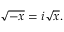
{ \sqrt { - x } } = i { \sqrt { x } } .